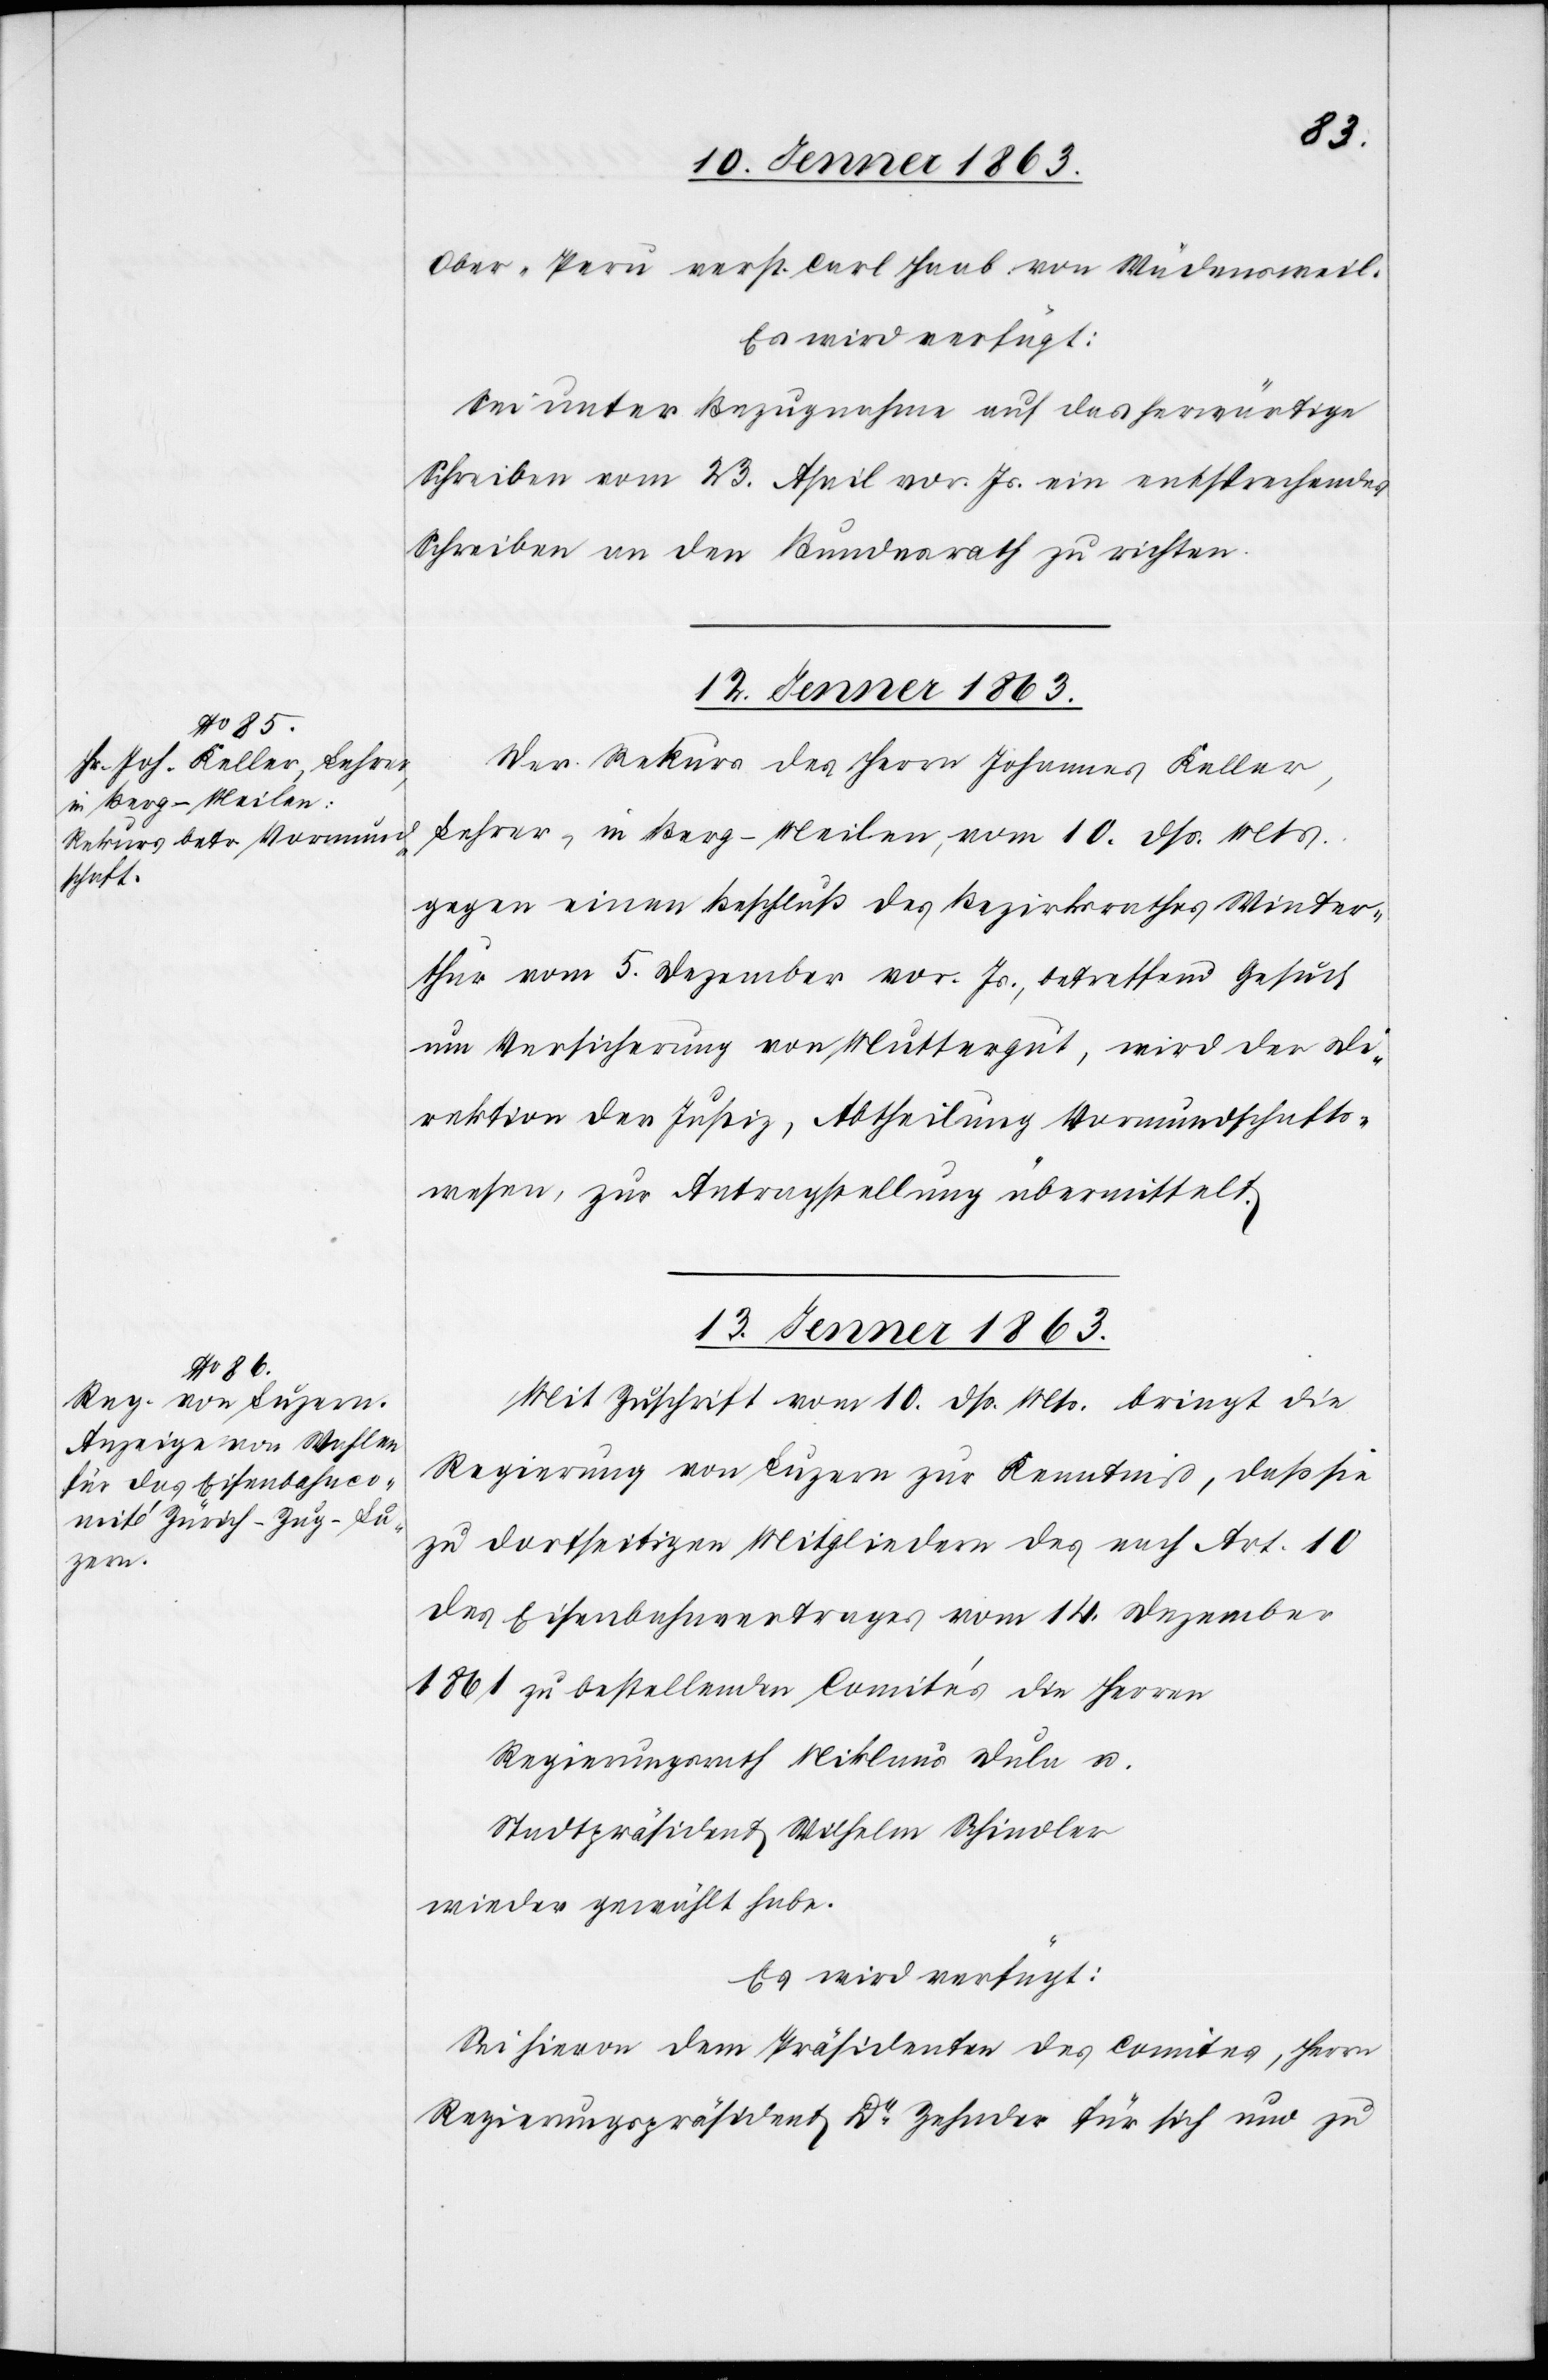
Ober-Peru verst. Carl Haab von Wädensweil.
Es wird verfügt:
Sei unter Bezugnahme auf das herwärtige
Schreiben vom 23. April vor. Js. ein entsprechendes
Schreiben an den Bundesrath zu richten.
12. Jenner 1863.
Der Rekurs des Herrn Johannes Keller,
Lehrer, in Berg Meilen, vom 10. dß. Mts.
gegen einen Beschluß des Bezirksrathes Winter¬
thur vom 5. Dezember vor. Js., betreffend Gesuch
um Versicherung von Muttergut, wird der Di¬
rektion der Justiz, Abtheilung Vormundschafts¬
wesen zur Antragstellung übermittelt.
13. Jenner 1863.
Mit Zuschrift vom 10. dß. Mts. bringt die
Regierung von Luzern zur Kenntniß, daß sie
zu dortseitigen Mitgliedern des nach Art. 10
des Eisenbahnvertrages vom 14. Dezember
1861 zu bestellenden Comités die Herren
Regierungsrath Niklaus Dula u.
Stadtpräsident Wilhelm Schindler
wieder gewählt habe.
Es wird verfügt:
Sei hievon dem Präsidenten des Comites, Herrn
Regierungspräsident Dr Zehnder für sich und zu